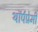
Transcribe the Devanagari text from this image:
थॉर्पप्रेमी